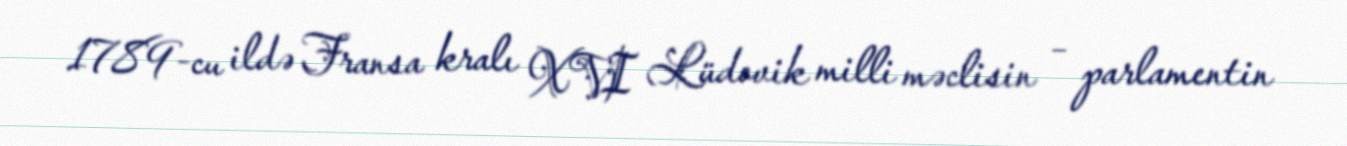
1789-cu ildə Fransa kralı XVI Lüdovik milli məclisin – parlamentin